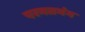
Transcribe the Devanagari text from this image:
परमतभंग